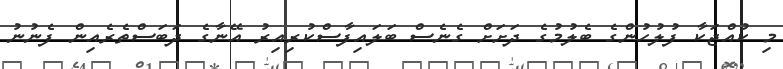
މި ކުއްޖަކާ ފުލުހުންގެ ބެލުމުގެ ދަށަށް ގެނެސް ބަލައިފާސްކުރިއިރު އޭނާގެ ދަބަސްތެރެއިން ފެނުނު